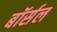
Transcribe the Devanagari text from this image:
बॉर्सल